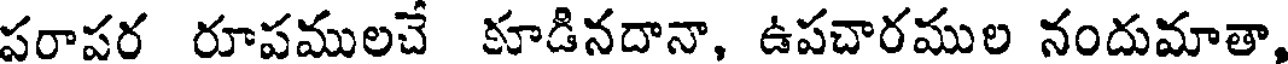
పరాపర రూపములచే కూడినదానా, ఉపచారముల నందుమాతా,